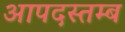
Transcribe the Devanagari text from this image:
आपदस्तम्ब